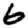
Digit: 6